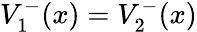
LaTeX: V_{1}^{-}(x)=V_{2}^{-}(x)